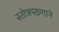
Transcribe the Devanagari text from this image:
स्तोत्रपठणाने